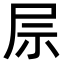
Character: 𫵖